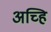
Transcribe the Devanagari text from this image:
अच्हि